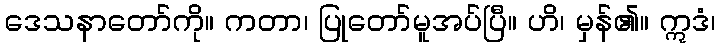
ဒေသနာတော်ကို။ ကတာ၊ ပြုတော်မူအပ်ပြီ။ ဟိ၊ မှန်၏။ ဣဒံ၊